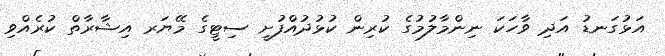
އަޅުގަނޑު އަދި ވާހަކަ ނިންމާލުމުގެ ކުރިން ކުޅުދުއްފުށީ ސިޓީގެ މޭޔަރ އިޝާރާތް ކުރެއްވި